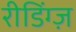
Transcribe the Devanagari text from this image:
रीडिंग्ज़